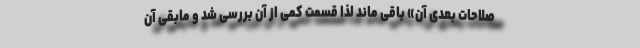
صلاحات بعدی آن» باقی ماند لذا قسمت کمی از آن بررسی شد و مابقی آن